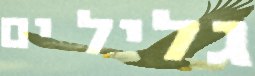
גליל ים